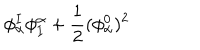
LaTeX: \phi _ { \alpha } ^ { I } \phi _ { I } ^ { \alpha } + { \frac { 1 } { 2 } } ( \phi _ { \alpha } ^ { 0 } ) ^ { 2 }